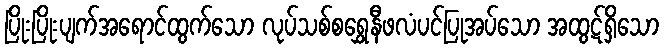
ပြိုးပြိုးပျက်အရောင်ထွက်သော လုပ်သစ်စရွှေနီဖလံပင်ပြုအပ်သော အထွဋ်ရှိသော